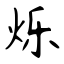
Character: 烁